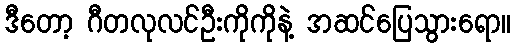
ဒီတော့ ဂီတလုလင်ဦးကိုကိုနဲ့ အဆင်ပြေသွားရော။